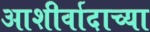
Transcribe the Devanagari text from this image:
आशीर्वादाच्या